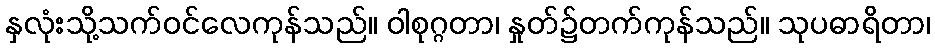
နှလုံးသို့သက်ဝင်လေကုန်သည်။ ဝါစုဂ္ဂတာ၊ နှုတ်၌တက်ကုန်သည်။ သုပဓာရိတာ၊